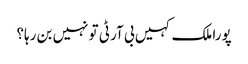
پورا ملک کہیں بی آر ٹی تو نہیں بن رہا؟